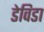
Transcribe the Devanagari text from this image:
डेविडा